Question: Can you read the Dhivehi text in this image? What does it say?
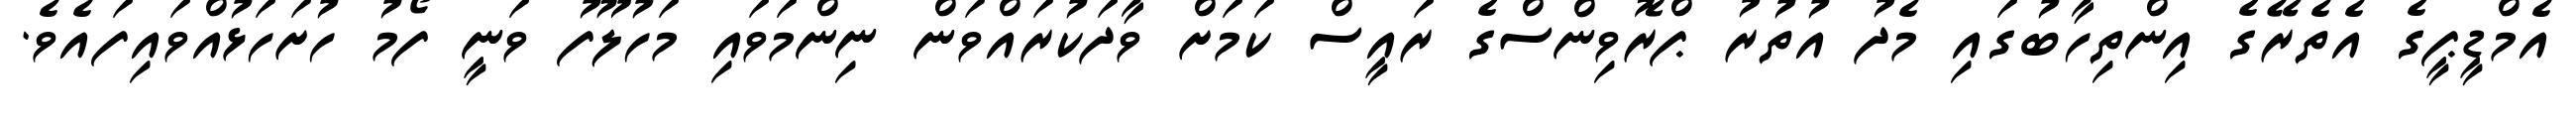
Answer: އެމްޑީޕީގެ އެތެރޭގެ އިންތިހާބުގައި މެދު އުތުރު ޕްރޮވިންސްގެ ރައީސް ކަމަށް ވާދަކުރައްވަން ނިންމަވައި މަހުލޫފު ވަނީ ފޯމު ހުށަހަޅުއްވައިފައެވެ.